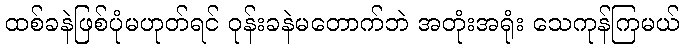
ထစ်ခနဲဖြစ်ပုံမဟုတ်ရင် ဝုန်းခနဲမတောက်ဘဲ အတုံးအရုံး သေကုန်ကြမယ်